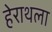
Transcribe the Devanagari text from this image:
हेराथला